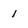
Character: 1